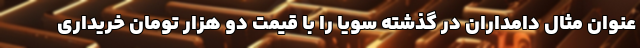
عنوان مثال دامداران در گذشته سویا را با قیمت دو هزار تومان خریداری